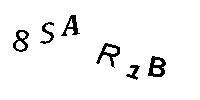
8SAR1B